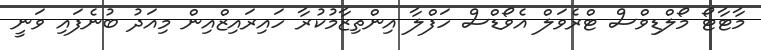
މާޓާޓޯ މޯލްޑިވްސް ޓްރެވަލް އެވޯޑްސް ހަފްލާ އިންތިޒާމުކުރާ ހައިރައިޒްއިން މިއަދު ބުނެފައި ވަނީ